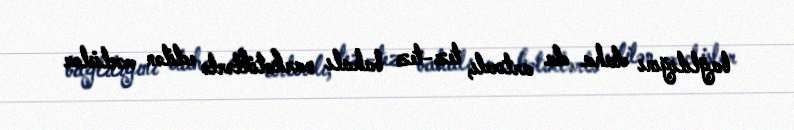
bağlılığını daha da artırdı, tez-tez bahalı narkotiklərlə edilən məclislər